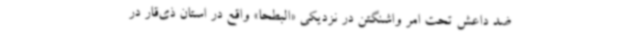
ضد داعش تحت امر واشنگتن در نزدیکی «البطحا» واقع در استان ذی‌قار در